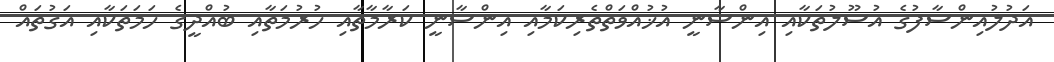
އަދުލުއިންސާފުގެ އުސޫލުތަކާއި އިންސާނީ އުޚުއްވަތްތެރިކަމާއި އިންސާނީ ކަރާމާތާއި ހުރުމަތާއި ބުއްދީގެ ހަމަތަކާއި އަގުތައް